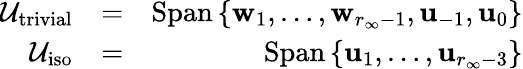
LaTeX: \begin{array}{rlr}{\mathcal{U}_{\mathrm{trivial}}}&{=}&{\mathrm{Span}\left\{ \mathbf{w}_{1},\dots,\mathbf{w}_{r_{\infty}-1},\mathbf{u}_{-1},\mathbf{u}_{0}\right\} }\\ {\mathcal{U}_{\mathrm{iso}}}&{=}&{\mathrm{Span}\left\{ \mathbf{u}_{1},\dots,\mathbf{u}_{r_{\infty}-3}\right\} }\end{array}